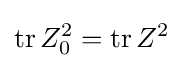
\operatorname {tr} Z_{0}^{2}=\operatorname {tr} Z^{2}